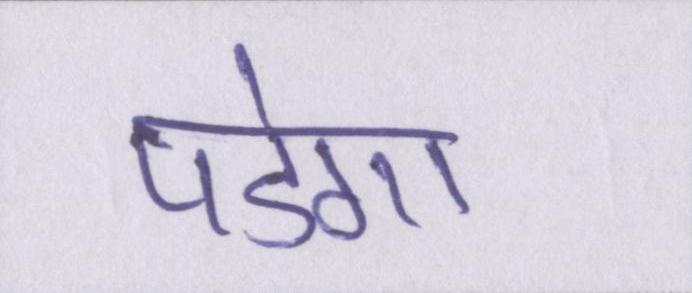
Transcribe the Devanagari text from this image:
पडेगा